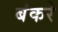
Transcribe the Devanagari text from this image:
बंकरे